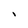
Character: i